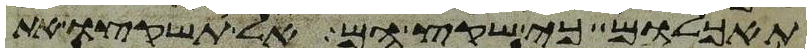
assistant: תאכלום כי שקץ הם אל תשקצו את